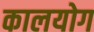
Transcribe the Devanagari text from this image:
कालयोग